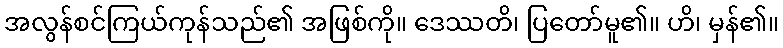
အလွန်စင်ကြယ်ကုန်သည်၏ အဖြစ်ကို။ ဒေဿတိ၊ ပြတော်မူ၏။ ဟိ၊ မှန်၏။